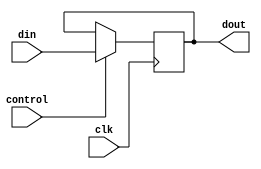
module tempreg(
  input clk,
  input control,  //register signal
  input [31:0] din,
  output reg[31:0] dout
  );
  
  always@(negedge clk)
  begin
    if(control)
      dout <= din;
  end

endmodule